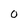
Character: 0